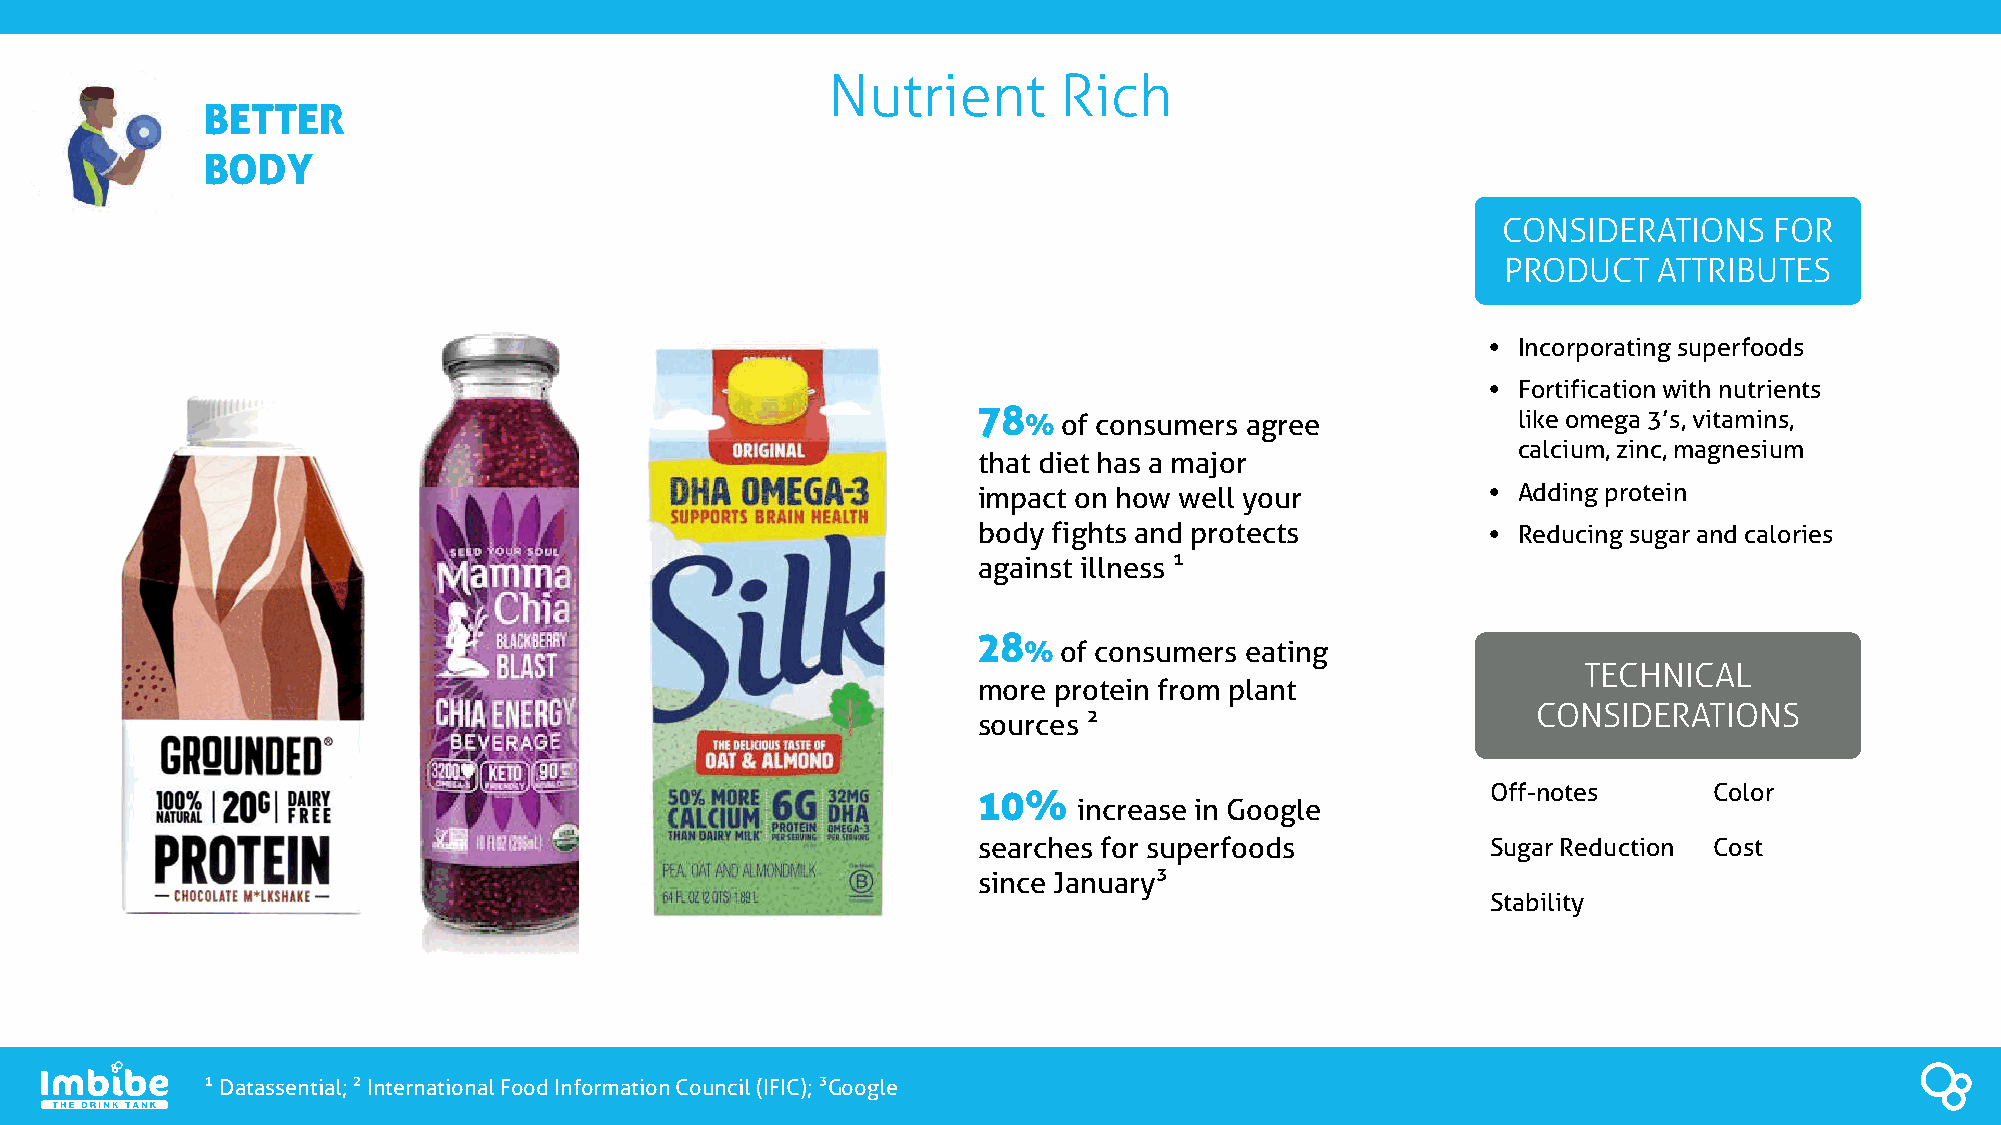
Nutrient       Rich
 BETTER
 BODY
 CONSIDERATIONS    FOR
 PRODUCT   ATTRIBUTES
 • Incorporating superfoods
 • Fortification with nutrients
 78 % of consumers agree            like omega 3’s, vitamins,
 calcium, zinc, magnesium
 that diet has a major
 impact on how well your           • Adding protein
 body fights and protects          • Reducing sugar and calories
 against illness 
 28
 % of consumers eating
 TECHNICAL
 more protein from plant
 CONSIDERATIONS
 sources 
 10%                               Off-notes     Color
 increase in Google
 searches for superfoods           Sugar Reduction Cost
 since January
 Stability
 Datassential; International Food Information Council (IFIC); Google